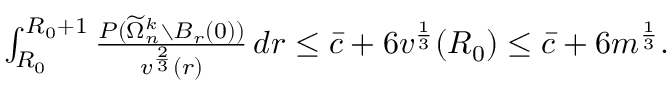
\begin{array} { r } { \int _ { R _ { 0 } } ^ { R _ { 0 } + 1 } \frac { P ( \widetilde \Omega _ { n } ^ { k } \setminus B _ { r } ( 0 ) ) } { v ^ { \frac 2 3 } ( r ) } \, d r \le \bar { c } + 6 v ^ { \frac 1 3 } ( R _ { 0 } ) \le \bar { c } + 6 m ^ { \frac 1 3 } . } \end{array}